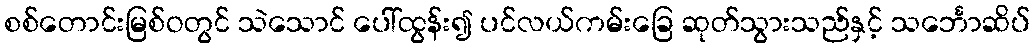
စစ်တောင်းမြစ်ဝတွင် သဲသောင် ပေါ်ထွန်း၍ ပင်လယ်ကမ်းခြေ ဆုတ်သွားသည်နှင့် သင်္ဘောဆိပ်